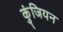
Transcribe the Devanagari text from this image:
कुंजियन